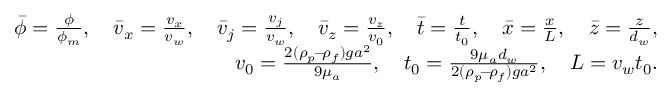
\begin{array} { r l r } & { } & { \bar { \phi } = \frac { \phi } { \phi _ { m } } , \quad \bar { v } _ { x } = \frac { v _ { x } } { v _ { w } } , \quad \bar { v } _ { j } = \frac { v _ { j } } { v _ { w } } , \quad \bar { v } _ { z } = \frac { v _ { z } } { v _ { 0 } } , \quad \bar { t } = \frac { t } { t _ { 0 } } , \quad \bar { x } = \frac { x } { L } , \quad \bar { z } = \frac { z } { d _ { w } } , } \\ & { } & { v _ { 0 } = \frac { 2 ( \rho _ { p } \! - \! \rho _ { f } ) g a ^ { 2 } } { 9 \mu _ { a } } , \quad t _ { 0 } = \frac { 9 \mu _ { a } d _ { w } } { 2 ( \rho _ { p } \! - \! \rho _ { f } ) g a ^ { 2 } } , \quad L = v _ { w } t _ { 0 } . } \end{array}